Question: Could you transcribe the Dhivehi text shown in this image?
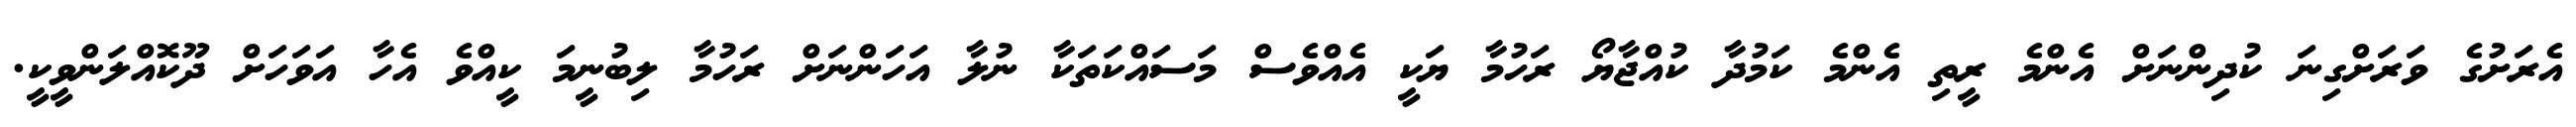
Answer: އެރަށުގެ ވަރަށްގިނަ ކުދިންނަށް އެންމެ ރީތި އެންމެ ކަމުދާ ކުއްޖާޔޯ ރަހުމާ ޔަކީ އެއްވެސް މަސައްކަތަކާ ނުލާ އަހަންނަށް ރަހުމާ ލިބުނީމަ ކީއްވެ އެހާ އަވަހަށް ދޫކޮއްލަންވީކީ.